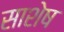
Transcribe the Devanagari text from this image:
साशेष